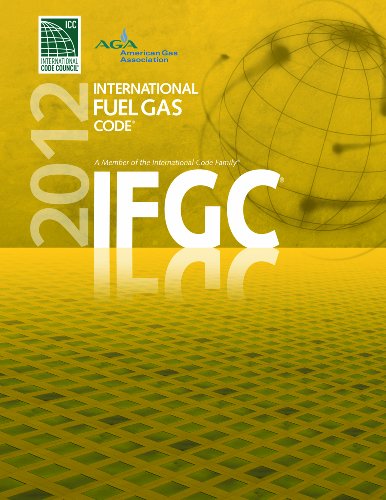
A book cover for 2012 International Fuel Gas Code (International Code Council Series); International Code Council; Engineering & Transportation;